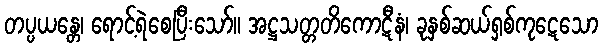
တပ္ပယန္တေ၊ ရောင့်ရဲစေပြီးသော်။ အဋ္ဌသတ္တတိကောဋီနံ၊ ခုနှစ်ဆယ်ရှစ်ကုဋေသော